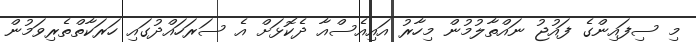
މި ސިފައިންގެ ފައުޖު ނައްތާލުމުން މިހާރު އައިއެސްއާ ދެކޮޅަށް އެ ސަރަހައްދުގައި ހަރަކާތްތެރިވަމުން